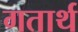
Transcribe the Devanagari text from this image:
गतार्थ